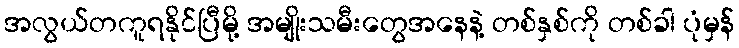
အလွယ်တကူရနိုင်ပြီမို့ အမျိုးသမီးတွေအနေနဲ့ တစ်နှစ်ကို တစ်ခါ ပုံမှန်